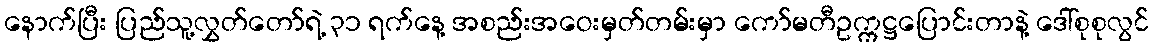
နောက်ပြီး ပြည်သူ့လွှတ်တော်ရဲ့ ၃၁ ရက်နေ့ အစည်းအဝေးမှတ်တမ်းမှာ ကော်မတီဥက္ကဋ္ဌပြောင်းတာနဲ့ ဒေါ်စုစုလွင်